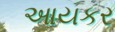
આયકર